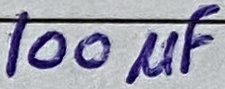
Text: 100µF